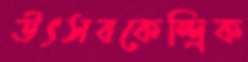
উৎসবকেন্দ্রিক